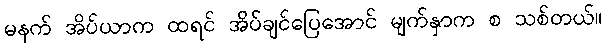
မနက် အိပ်ယာက ထရင် အိပ်ချင်ပြေအောင် မျက်နှာက စ သစ်တယ်။